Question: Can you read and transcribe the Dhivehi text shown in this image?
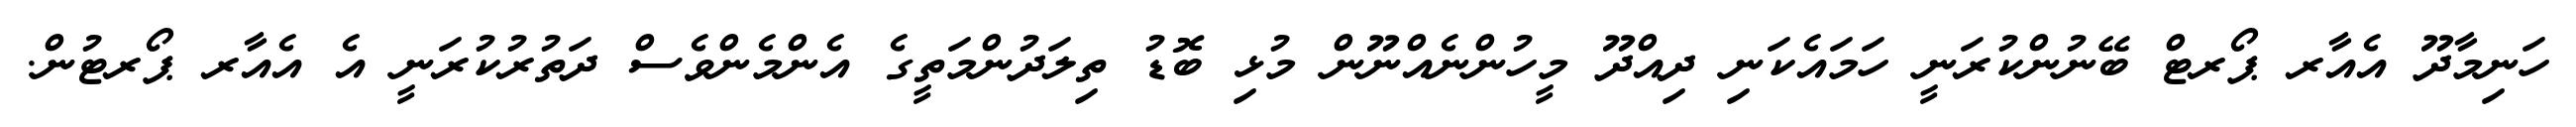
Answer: ހަނިމާދޫ އެއާރ ޕޯރޓް ބޭނުންކުރަނީ ހަމައެކަނި ދިއްދޫ މީހުންނެއްނޫން މުޅި ބޮޑު ތިލަދުންމަތީގެ އެންމެންވެސް ދަތުރުކުރަނީ އެ އެއާރ ޕޯރޓުން.